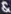
&